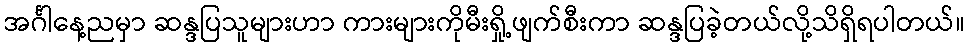
အင်္ဂါနေ့ညမှာ ဆန္ဒပြသူများဟာ ကားများကိုမီးရှို့ဖျက်စီးကာ ဆန္ဒပြခဲ့တယ်လို့သိရှိရပါတယ်။